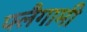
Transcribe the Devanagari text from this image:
फ्लैगामी